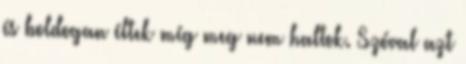
és boldogan éltek míg meg nem haltok. Szóval azt